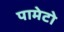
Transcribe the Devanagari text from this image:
पामेटो